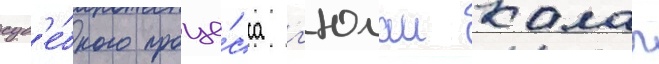
суд'е́бного проце́сса г'юлаи калап